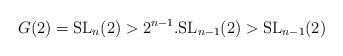
LaTeX: \begin{align*}G(2) = {\rm SL}_n(2) > 2^{n-1}.{\rm SL}_{n-1}(2) > {\rm SL}_{n-1}(2)\end{align*}